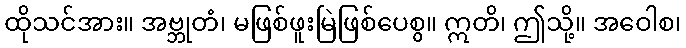
ထိုသင်အား။ အဗ္ဘုတံ၊ မဖြစ်ဖူးမြဲဖြစ်ပေစွ။ ဣတိ၊ ဤသို့။ အဝေါစ၊